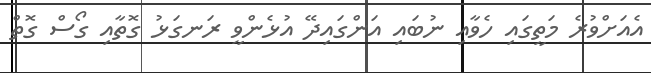
އެއަށްވުރެ މަތީގައި ހެވާއި ނުބައި އަންގައިދޭ އުޅެންވީ ރަނގަޅު ގޮތާއި ގޯސް ގޮތް